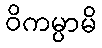
ဝိကမ္ပာမိ